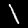
Label: 1